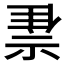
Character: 𰨇